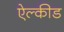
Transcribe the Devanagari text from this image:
ऐल्कीड